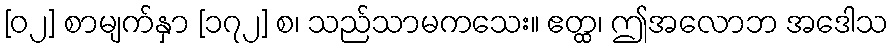
[၀၂] စာမျက်နှာ [၁၇၂] စ၊ သည်သာမကသေး။ ဧတ္ထ၊ ဤအလောဘ အဒေါသ